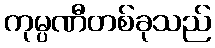
ကုမ္ပဏီတစ်ခုသည်